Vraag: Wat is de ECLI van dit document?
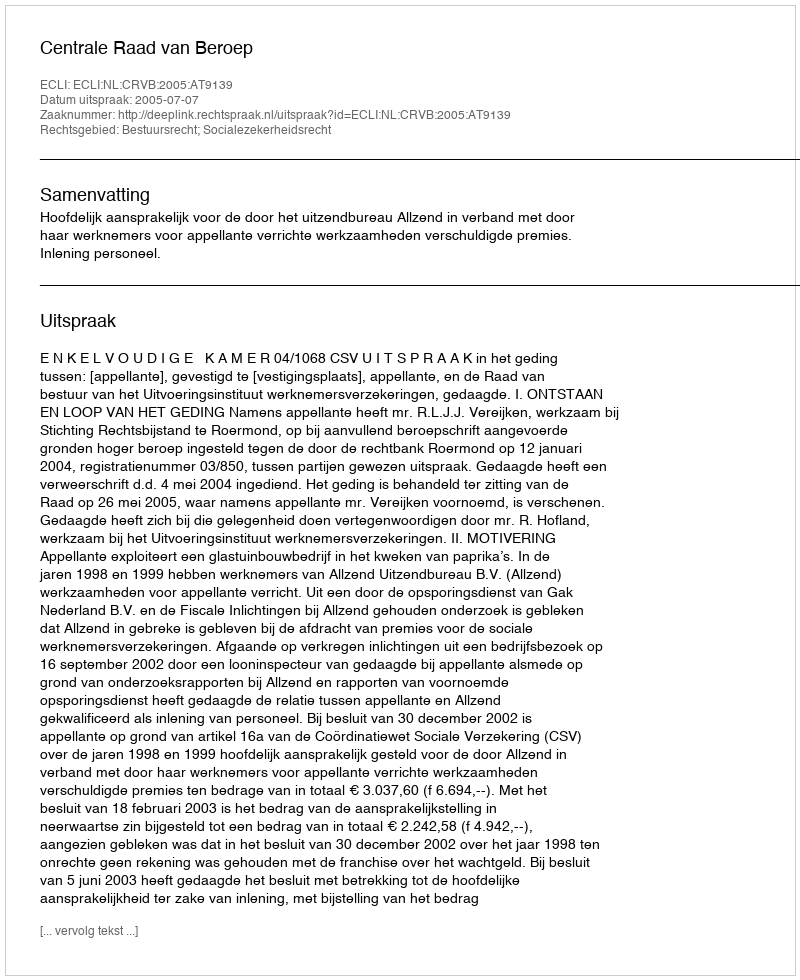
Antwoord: ECLI:NL:CRVB:2005:AT9139